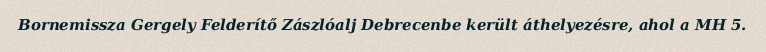
Bornemissza Gergely Felderítő Zászlóalj Debrecenbe került áthelyezésre, ahol a MH 5.